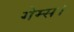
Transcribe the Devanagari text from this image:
गेम्स।